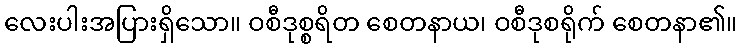
လေးပါးအပြားရှိသော။ ဝစီဒုစ္စရိတ စေတနာယ၊ ဝစီဒုစရိုက် စေတနာ၏။